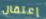
إعتقال